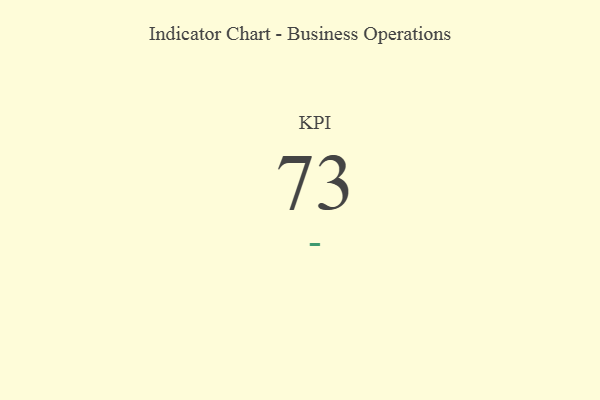
{"axis": {"x": "KPI", "y": "Value"}, "legend": [""], "data": [{"x": "KPI", "y": 73, "type": ""}]}